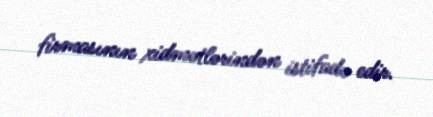
firmasının xidmətlərindən istifadə edir.